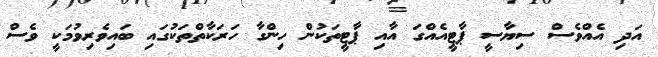
އަދި އެއްވެސް ސިޔާސީ ޕާޓީއެއްގަ އާއި ޕާޓީތަކުން ހިންގާ ހަރަކާތްތަކުގައި ބައިވެރިވުމަކީ ވެސް